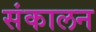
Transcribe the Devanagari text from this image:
संकालन